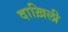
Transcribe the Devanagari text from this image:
दाख़िली